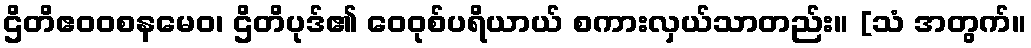
ဌိတိဧဝဝစနမေဝ၊ ဌိတိပုဒ်၏ ဝေဝုစ်ပရိယာယ် စကားလှယ်သာတည်း။ [သံ အတွက်။